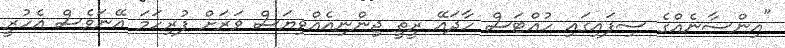
"އިންސާނެއްގެ ސިފައިގައި ހުއްޓަސް ހާދައޭ ރީތީ ޖިންނިއެއްވިޔަސް ވަރަށް ފުރިހަމަ އޭނަވެސް އެހުރީ